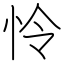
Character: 怜